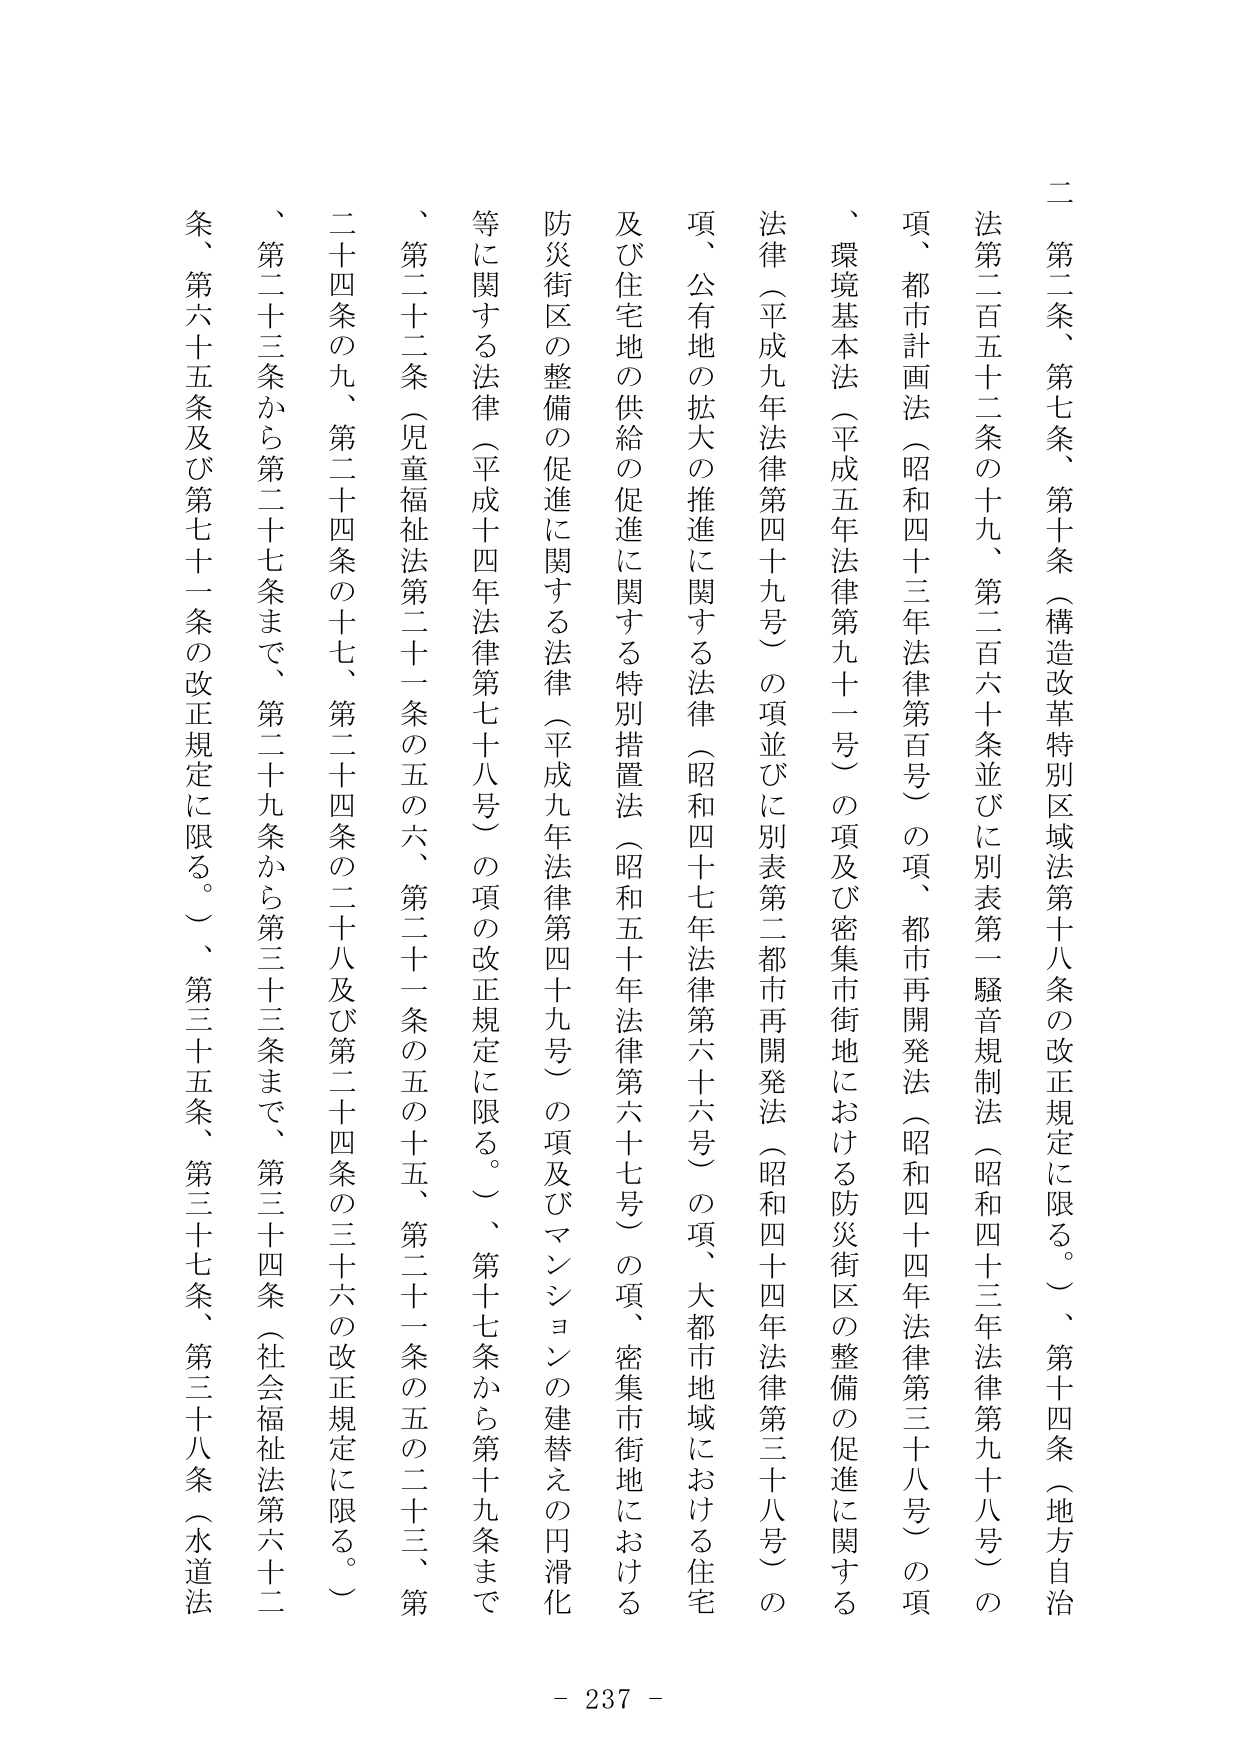
二　第二条、第七条、第十条（構造改革特別区域法第十八条の改正規定に限る。）、第十四条（地方自治法第二百五十二条の十九、第二百六十条並びに別表第一騒音規制法（昭和四十三年法律第九十八号）の項、都市計画法（昭和四十三年法律第百号）の項、都市再開発法（昭和四十四年法律第三十八号）の項、環境基本法（平成五年法律第九十一号）の項及び密集市街地における防災街区の整備の促進に関する法律（平成九年法律第四十九号）の項並びに別表第二都市再開発法（昭和四十四年法律第三十八号）の項、公有地の拡大の推進に関する法律（昭和四十七年法律第六十六号）の項、大都市地域における住宅及び住宅地の供給の促進に関する特別措置法（昭和五十年法律第六十七号）の項、密集市街地における防災街区の整備の促進に関する法律（平成九年法律第四十九号）の項及びマンションの建替えの円滑化等に関する法律（平成十四年法律第七十八号）の項の改正規定に限る。）、第十七条から第十九条まで、第二十二条（児童福祉法第二十一条の五の六、第二十一条の五の十五、第二十一条の五の二十三、第二十四条の九、第二十四条の十七、第二十四条の二十八及び第二十四条の三十六の改正規定に限る。）、第二十三条から第二十七条まで、第二十九条から第三十三条まで、第三十四条（社会福祉法第六十二条、第六十五条及び第七十一条の改正規定に限る。）、第三十五条、第三十七条、第三十八条（水道法

- 237 -